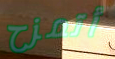
أتمزح